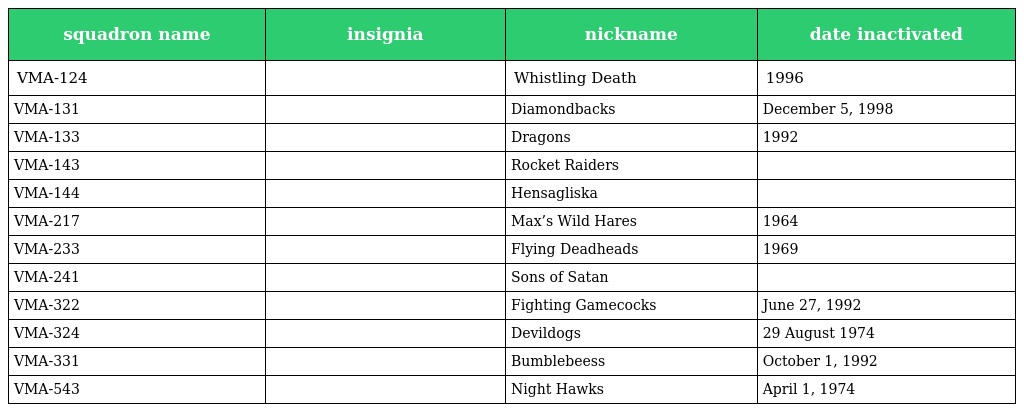
| squadron name | insignia | nickname | date inactivated |
 | --- | --- | --- | --- |
 | VMA-124 |  | Whistling Death | 1996 |
 | VMA-131 |  | Diamondbacks | December 5, 1998 |
 | VMA-133 |  | Dragons | 1992 |
 | VMA-143 |  | Rocket Raiders |  |
 | VMA-144 |  | Hensagliska |  |
 | VMA-217 |  | Max’s Wild Hares | 1964 |
 | VMA-233 |  | Flying Deadheads | 1969 |
 | VMA-241 |  | Sons of Satan |  |
 | VMA-322 |  | Fighting Gamecocks | June 27, 1992 |
 | VMA-324 |  | Devildogs | 29 August 1974 |
 | VMA-331 |  | Bumblebeess | October 1, 1992 |
 | VMA-543 |  | Night Hawks | April 1, 1974 |